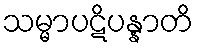
သမ္မာပဋိပန္နာတိ